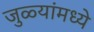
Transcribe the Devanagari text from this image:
जुळ्यांमध्ये